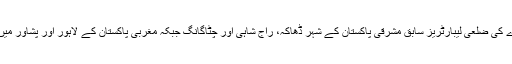
اس ادارے کی ضلعی لیبارٹریز سابق مشرقی پاکستان کے شہر ڈھاکہ، راج شاہی اور چٹاگانگ جبکہ مغربی پاکستان کے لاہور اور پشاور میں کھولیں۔